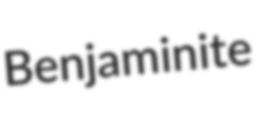
Benjaminite